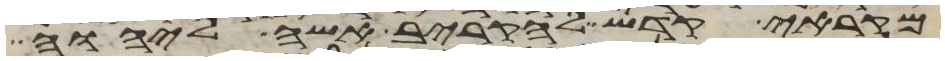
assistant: מקראי קדש להקריב אשה ליהוה